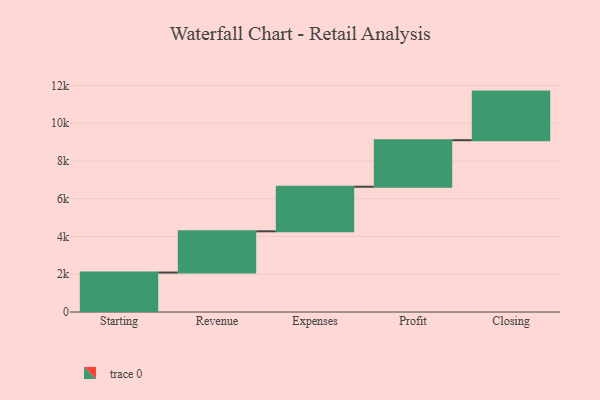
{"axis": {"x": "Step", "y": "Value"}, "legend": [""], "data": [{"x": "Starting", "y": 2089.0, "type": ""}, {"x": "Revenue", "y": 2184.0, "type": ""}, {"x": "Expenses", "y": 2361.0, "type": ""}, {"x": "Profit", "y": 2465.0, "type": ""}, {"x": "Closing", "y": 2573.0, "type": ""}]}